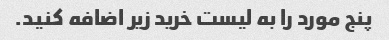
پنج مورد را به لیست خرید زیر اضافه کنید.